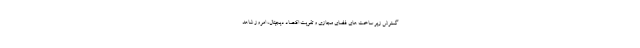
گسترش زیر ساخت های فضای مجازی و تقویت اقتصاد دیجیتال، امروز شاهد